Report on the cultivation of protesoma, Labbé, in grey mosquitoes
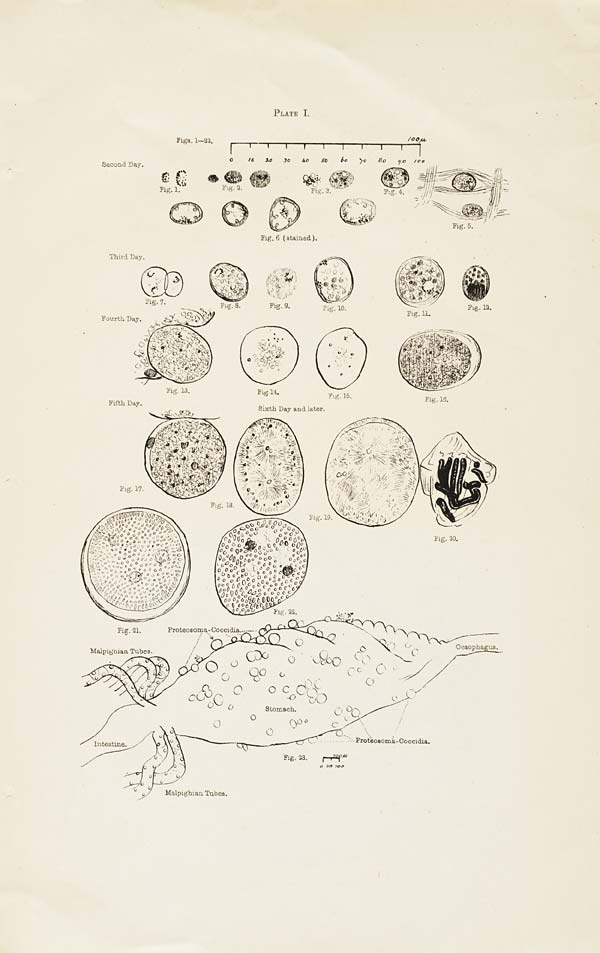
PLATE I.